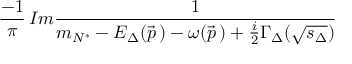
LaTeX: \frac { - 1 } { \pi } \, I m \frac { 1 } { m _ { N ^ { * } } - E _ { \Delta } ( \vec { p } \, ) - \omega ( \vec { p } \, ) + \frac { i } { 2 } \Gamma _ { \Delta } ( \sqrt { s _ { \Delta } } ) }